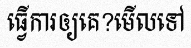
ធ្វើការឲ្យគេ?មើលទៅ